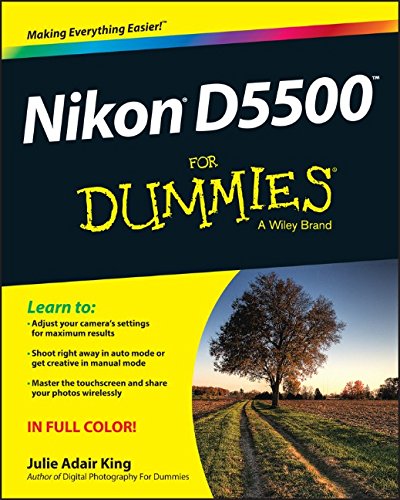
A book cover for Nikon D5500 For Dummies; Julie Adair King; Arts & Photography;